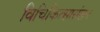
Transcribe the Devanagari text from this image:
विचिकित्सासंशय